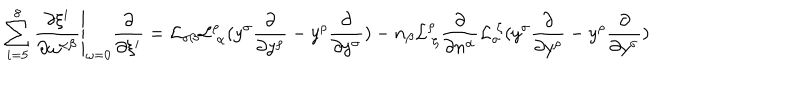
\sum _ { i = 5 } ^ { 8 } \left. \frac { \partial \xi ^ { i } } { \partial \omega ^ { \alpha \beta } } \right| _ { \omega = 0 } \frac { \partial } { \partial \xi ^ { i } } = { \cal L } _ { \sigma \beta } { \cal L } _ { \ \alpha } ^ { \rho } ( y ^ { \sigma } \frac { \partial } { \partial y ^ { \rho } } - y ^ { \rho } \frac { \partial } { \partial y ^ { \sigma } } ) - n _ { \beta } { \cal L } _ { \ \zeta } ^ { \rho } \frac { \partial } { \partial n ^ { \alpha } } { \cal L } _ { \sigma } ^ { \ \zeta } ( y ^ { \sigma } \frac { \partial } { \partial y ^ { \rho } } - y ^ { \rho } \frac { \partial } { \partial y ^ { \sigma } } )